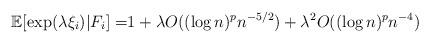
LaTeX: \begin{align*}\mathbb{E}[\exp(\lambda \xi_i)|F_i] =& 1 + \lambda O( (\log n)^p n^{-5/2} ) +\lambda^2 O((\log n)^p n^{-4}) \end{align*}